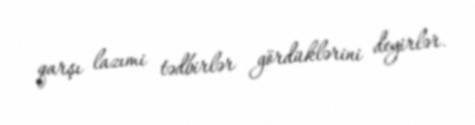
qarşı lazımi tədbirlər gördüklərini deyirlər.